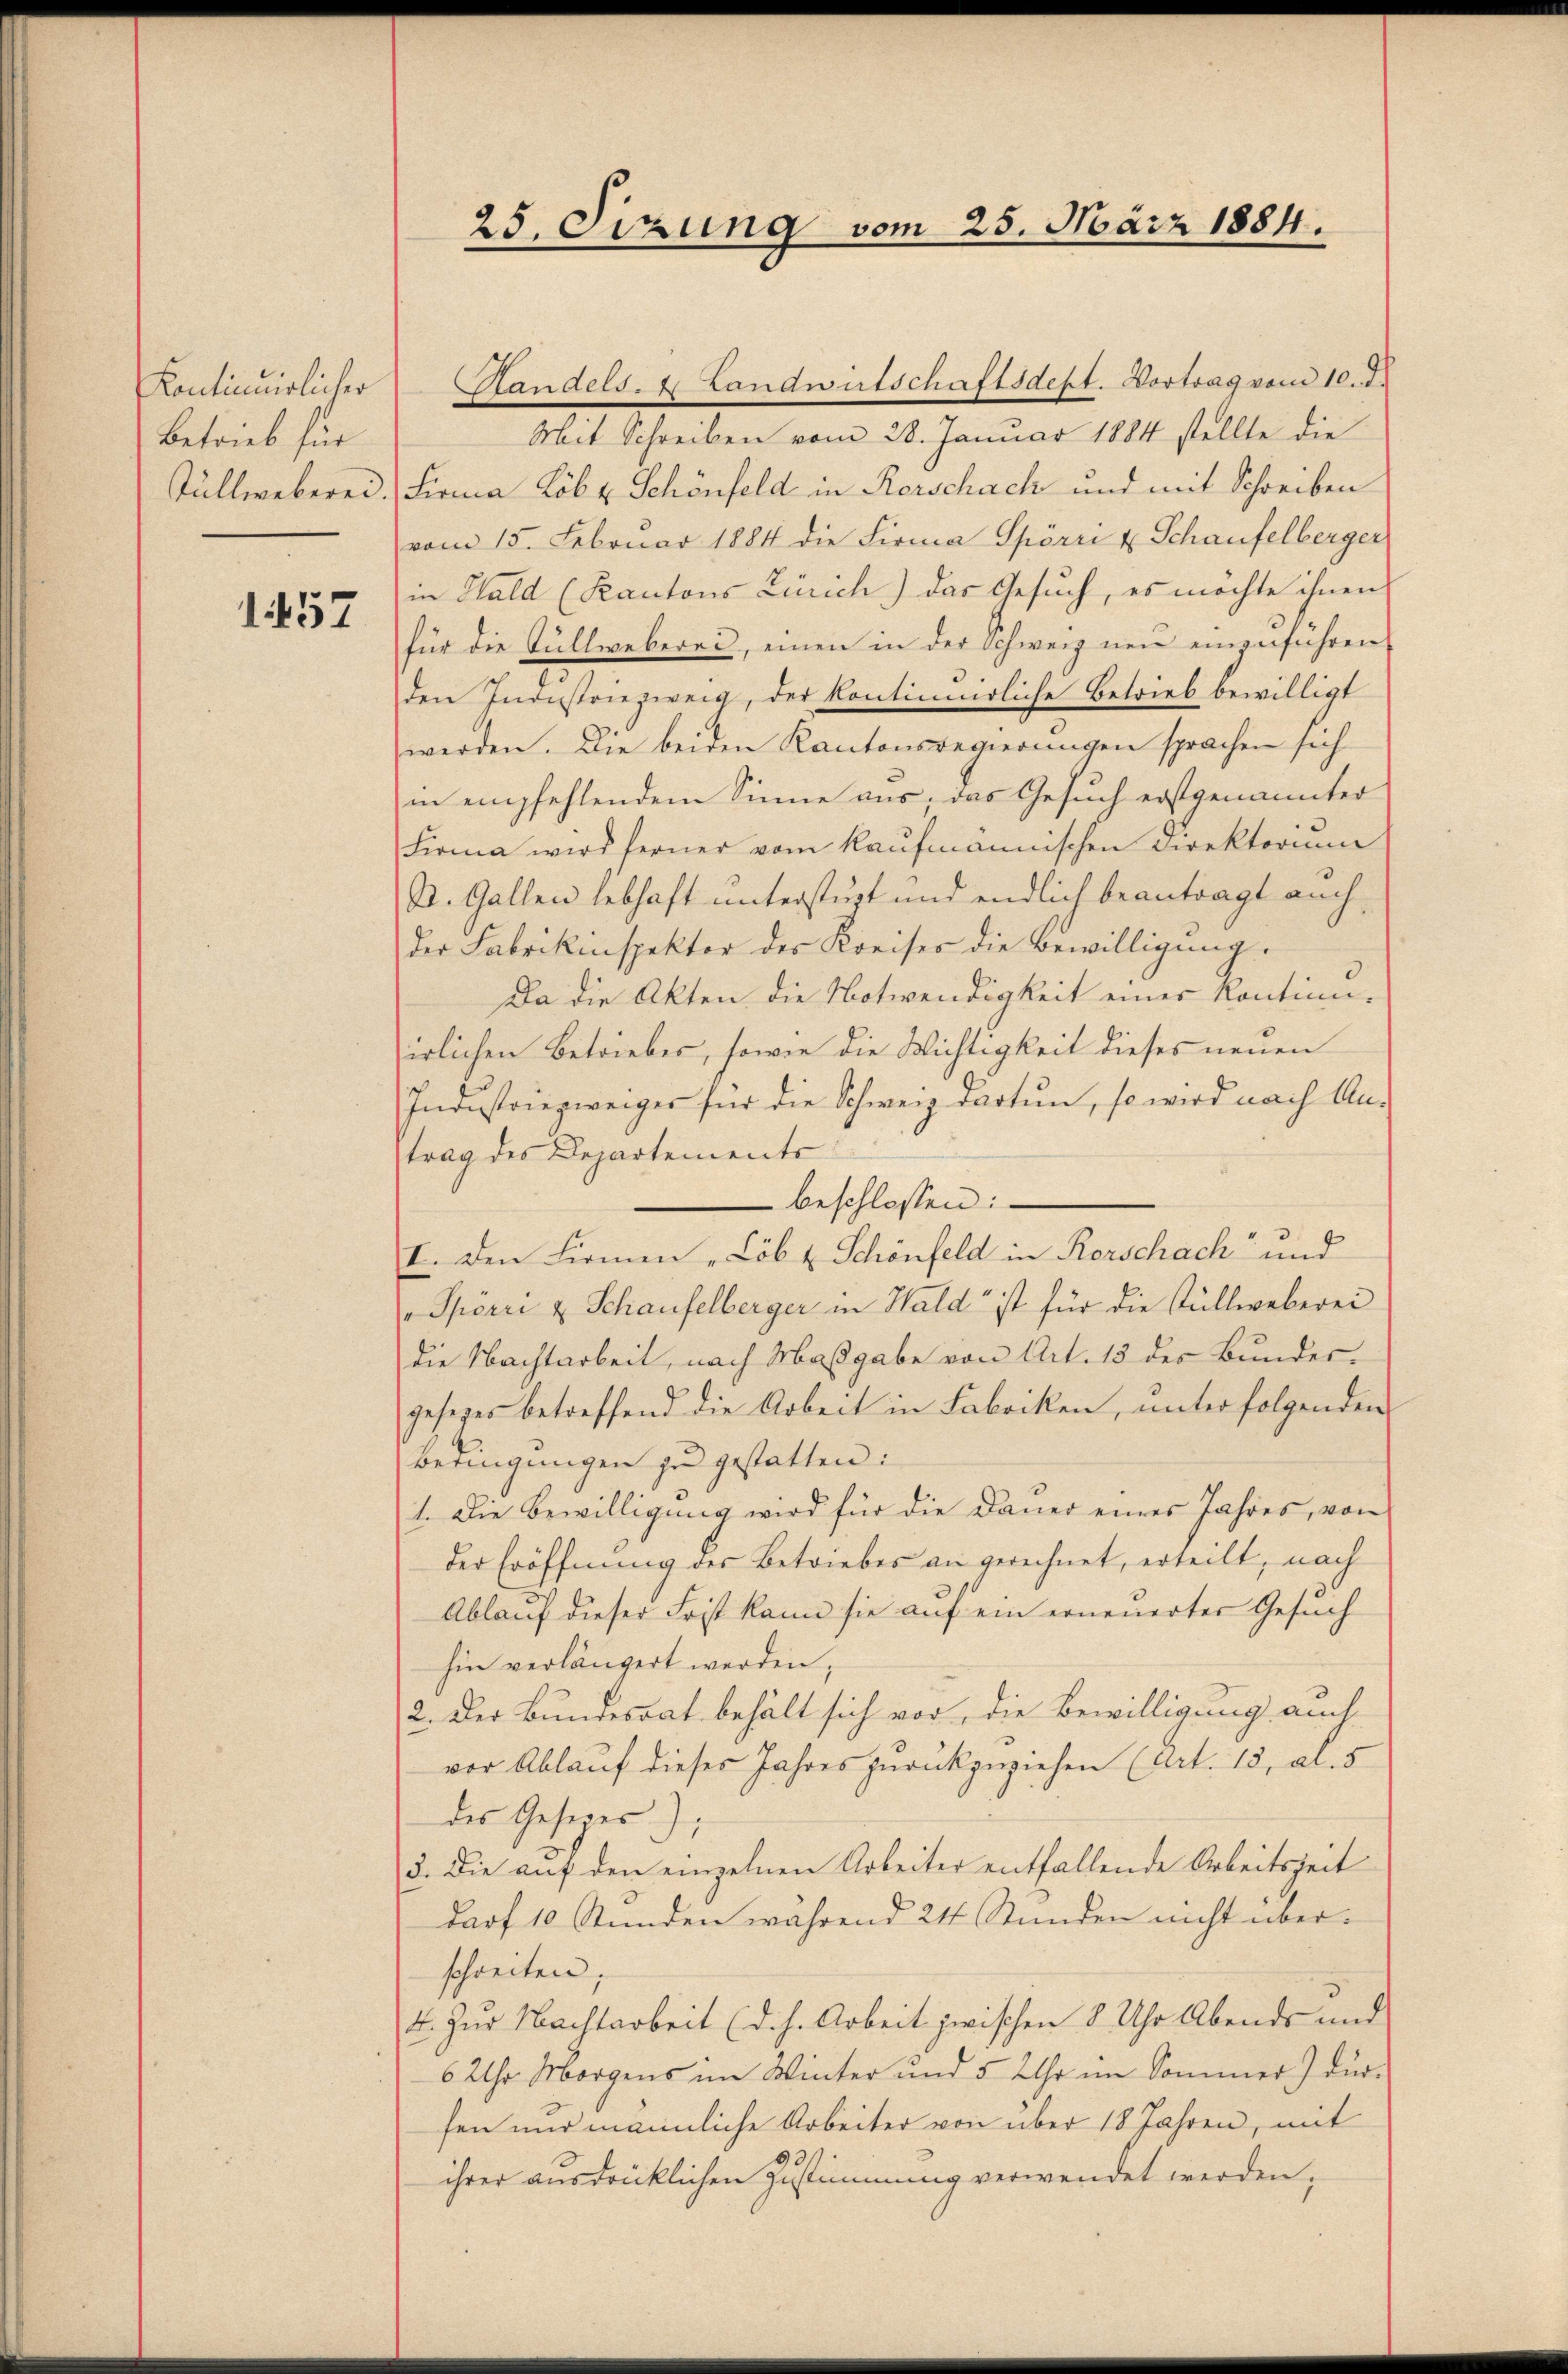
Kontinuirlicher
Betrieb für
tüllweberei.

157

25. Sizung vom 25. März 1884.

Randels- u Landwirtschaftsdept. Vortrag vom 10. d.
Mit Schreiben vom 28. Januar 1884 stellte die
Firma Lob u. Schönfeld in Kerschach und mit Schreiben
vom 15. Februar 1884 die Firma Spörri u Schaufelberger
in Hald (Kantons Zürich) das Gesuch, es möchte ihnen
für die Güllweberei, einen in der Schweiz neu einzŭführen
den Industriezweig, der kontinuirliche Betrieb bewilligt
werden. Die beiden Kantonsregierungen sprachen sich
in empfehlendem Sinne aus, das Gesuch erstgenannter
Firma wird ferner vom kaufmännischen Direktorium
St. Gallen lebhaft unterstüzt und endlich beantragt auch
der Fabrikinspektor des Kreises die Bewilligung.
Da die Akten die Notwendigkeit einer Kontinn-
irlichen Betriebes, sowie die Wichtigkeit dieses neuen
Industriezweiger für die Schweiz darten, so wird nach An-
trag des Departements
beschlossen:
I. Den Firmen „Löb & Schönfeld in Rorschach und
" Spörri & Schaufelberger in Wald ist für die stüllweberei
die Nachtarbeit, nach Maßgabe von Art. 13 des Bundesgesezes betreffend die Arbeit in Fabriken, unter folgenden
beringungen zu gestatten:
1. Die Bewilligung wird für die Dauer eines Jahres, von
der Eröffnung des Betriebes an gerechnet, erteilt, nach
Ablauf dieser Frist kann sie auf ein erneuerter Gesuch
hin verlängert werden,
2. Der Bundesrat behält sich vor, die Bewilligung auch
vor Ablauf dieses Jahres zurückzuziehen (Art. 13, a. 5
des Gesetzes);
3. Die auf den einzelnen Arbeiter entfallende Arbeitszeit
darf 10 Stunden während 24 Stunden nicht überschreiten;
4. Zur Nachtarbeit (d. h. Arbeit zwischen 8 Uhr Abends und
6 Uhr Morgens im Winter und 5 Uhr im Sommer) durfen nur männliche Arbeiter von über 18 Jahren, mit
ihrer ausdrücklichen Zustimmung verwendet werden,